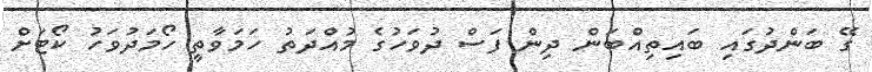
ގޭ ބަންދުގައި ބައިތިއްބަން ދިން ފަސް ދުވަހުގެ މުއްދަތު ހަމަވާތީ ހޯމަދުވަހު ކޯޓަށް